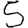
Digit: 5